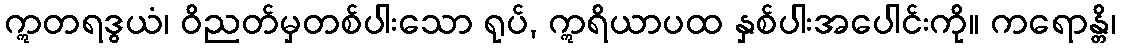
ဣတရဒွယံ၊ ဝိညတ်မှတစ်ပါးသော ရုပ်, ဣရိယာပထ နှစ်ပါးအပေါင်းကို။ ကရောန္တိ၊